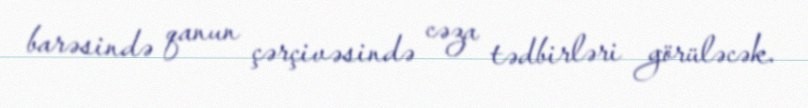
barəsində qanun çərçivəsində cəza tədbirləri görüləcək.